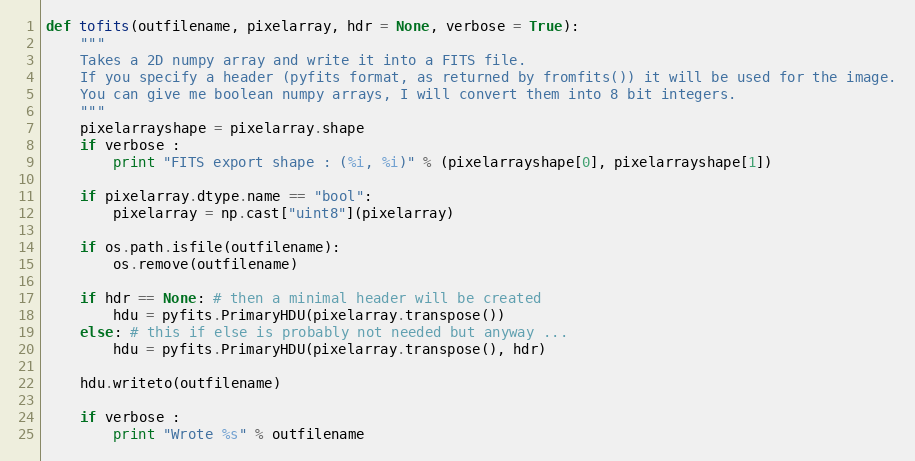
Language: Python
def tofits(outfilename, pixelarray, hdr = None, verbose = True):
    """
    Takes a 2D numpy array and write it into a FITS file.
    If you specify a header (pyfits format, as returned by fromfits()) it will be used for the image.
    You can give me boolean numpy arrays, I will convert them into 8 bit integers.
    """
    pixelarrayshape = pixelarray.shape
    if verbose :
        print "FITS export shape : (%i, %i)" % (pixelarrayshape[0], pixelarrayshape[1])

    if pixelarray.dtype.name == "bool":
        pixelarray = np.cast["uint8"](pixelarray)

    if os.path.isfile(outfilename):
        os.remove(outfilename)

    if hdr == None: # then a minimal header will be created
        hdu = pyfits.PrimaryHDU(pixelarray.transpose())
    else: # this if else is probably not needed but anyway ...
        hdu = pyfits.PrimaryHDU(pixelarray.transpose(), hdr)

    hdu.writeto(outfilename)

    if verbose :
        print "Wrote %s" % outfilename